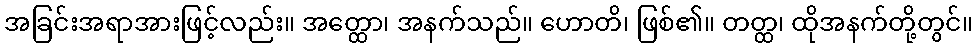
အခြင်းအရာအားဖြင့်လည်း။ အတ္ထော၊ အနက်သည်။ ဟောတိ၊ ဖြစ်၏။ တတ္ထ၊ ထိုအနက်တို့တွင်။